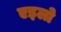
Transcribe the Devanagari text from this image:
एइलो